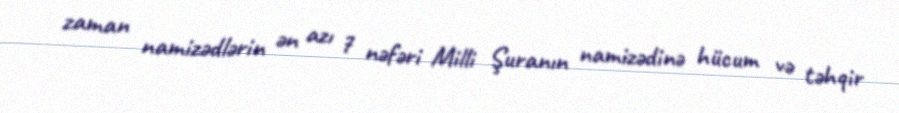
zaman namizədlərin ən azı 7 nəfəri Milli Şuranın namizədinə hücum və təhqir